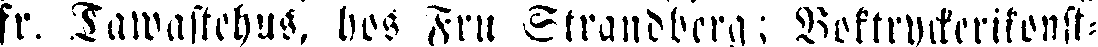
fr. Tawastehus, hos Fru Strandberg; Boktryckerikonst-